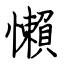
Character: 懶